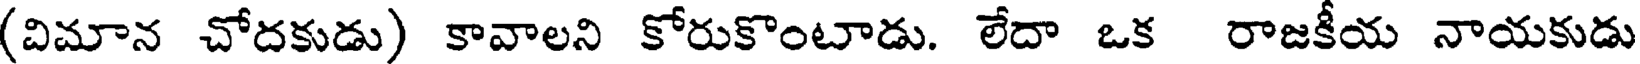
(విమాన చోదకుడు) కావాలని కోరుకొంటాడు. లేదా ఒక రాజకీయ నాయకుడు